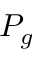
P _ { g }